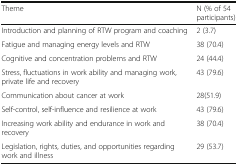
<table><thead><tr><td><b>Theme</b></td><td><b>N (% of 54 participants)</b></td></tr></thead><tbody><tr><td>Introduction and planning of RTW program and coaching</td><td>2 (3.7)</td></tr><tr><td>Fatigue and managing energy levels and RTW</td><td>38 (70.4)</td></tr><tr><td>Cognitive and concentration problems and RTW</td><td>24 (44.4)</td></tr><tr><td>Stress, fluctuations in work ability and managing work, private life and recovery</td><td>43 (79.6)</td></tr><tr><td>Communication about cancer at work</td><td>28(51.9)</td></tr><tr><td>Self-control, self-influence and resilience at work</td><td>43 (79.6)</td></tr><tr><td>Increasing work ability and endurance in work and recovery</td><td>38 (70.4)</td></tr><tr><td>Legislation, rights, duties, and opportunities regarding work and illness</td><td>29 (53.7)</td></tr></tbody></table>